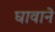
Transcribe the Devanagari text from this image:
घावाने